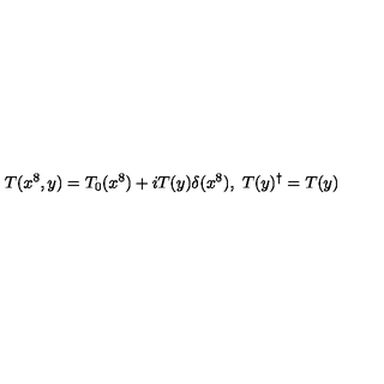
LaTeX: T ( x ^ { 8 } , y ) = T _ { 0 } ( x ^ { 8 } ) + i T ( y ) \delta ( x ^ { 8 } ) , \ T ( y ) ^ { \dag } = T ( y )